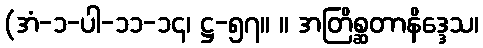
(အံ-၁-ပါ-၁၁-၁၄၊ ဋ္ဌ-၅၇။ ။ အတြိစ္ဆတာနိဒ္ဒေသ၊